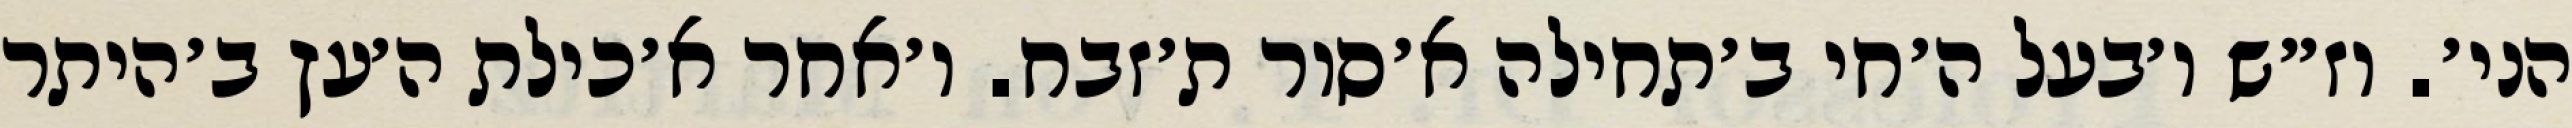
הני׳. וז״ש ו׳בעל ה׳חי ב׳תחילה א׳סור ת׳זבח. ו׳אחר א׳כילת ה׳עץ ב׳היתר